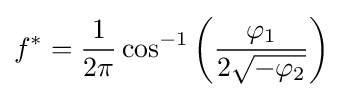
f^{*}={\frac {1}{2\pi }}\cos ^{-1}\left({\frac {\varphi _{1}}{2{\sqrt {-\varphi _{2}}}}}\right)